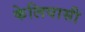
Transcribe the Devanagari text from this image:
केलियासी